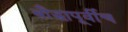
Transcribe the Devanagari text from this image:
बौद्धापूर्वीच